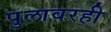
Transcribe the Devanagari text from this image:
पुलावरही